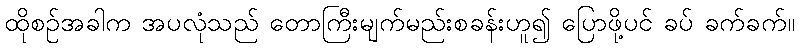
ထိုစဉ်အခါက အပလုံသည် တောကြီးမျက်မည်းစခန်းဟူ၍ ပြောဖို့ပင် ခပ် ခက်ခက်။